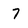
Character: 7